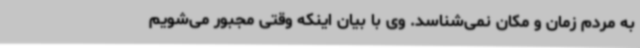
به مردم زمان و مکان نمی‌شناسد. وی با بیان اینکه وقتی مجبور می‌شویم